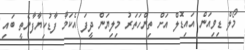
މޯލް ޑިވިއަން އައިޑޮލް އަށް ތިންހަތަރު މިލިޔަން ދީފަ އެކަމާ ފާޑުކިޔާފާނެތީ ބައި